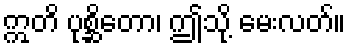
ဣတိ ပုစ္ဆိတော၊ ဤသို့ မေးလတ်။